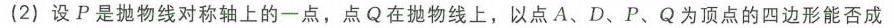
(2) 设$P$是抛物线对称轴上的一点，点$Q$在抛物线上，以点$A$、$D$、$P$、$Q$为顶点的四边形能否成